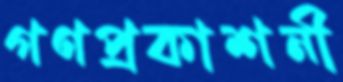
গণপ্রকাশনী